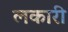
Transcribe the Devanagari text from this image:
लकारी